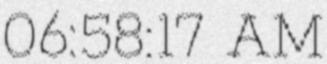
06:58:17 AM